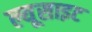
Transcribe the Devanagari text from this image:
ल्यूसाइट